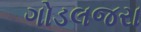
ગોડલજરા